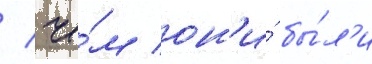
/ че́м он'и́ бы́л'и